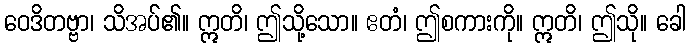
ဝေဒိတဗ္ဗာ၊ သိအပ်၏။ ဣတိ၊ ဤသို့သော။ ဧတံ၊ ဤစကားကို။ ဣတိ၊ ဤသို။ ခေါ